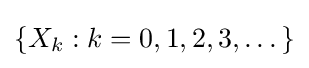
\{X_{k}:k=0,1,2,3,\dots \}